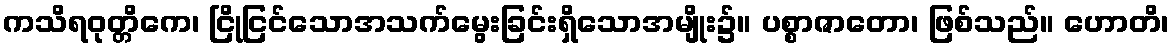
ကသိရဝုတ္တိကေ၊ ငြိုငြင်သောအသက်မွေးခြင်းရှိသောအမျိုး၌။ ပစ္စာဇာတော၊ ဖြစ်သည်။ ဟောတိ၊